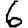
Digit: 6